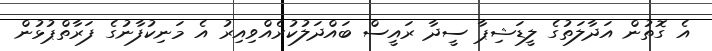
އެ ގޮތުން އަދާލަތުގެ ލީޑަޝިޕާ ސީދާ ރައީސް ބައްދަލުކުރެއްވިއިރު އެ މަނިކުފާނުގެ ފަރާތްޕުޅުން